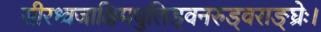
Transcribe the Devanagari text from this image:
सीरध्वजाक्षिमधुलिड्वनरुड्वराङ्घ्रेः।